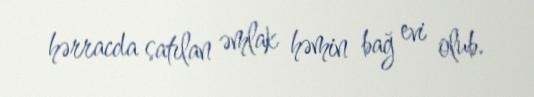
hərracda satılan əmlak həmin bağ evi olub.